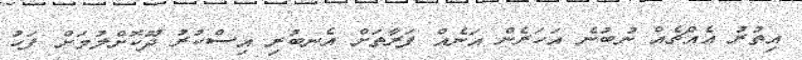
އިތުރު އެއްޗެއް ނުބުނެ އަހަރެން އަނެއް ފަރާތަށް އެނބުރި އިސްކުރު ދޫކޮށްލުމަށް ފަހު